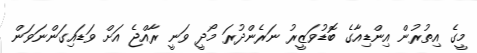
މީގެ އިތުރުން އިންޑިއާގެ ބޮޑުވަޒީރު ނަރެންދުރަ މޯދީ ވަނީ ރާއްޖެ އަށް ވަޑައިގަންނަވަން